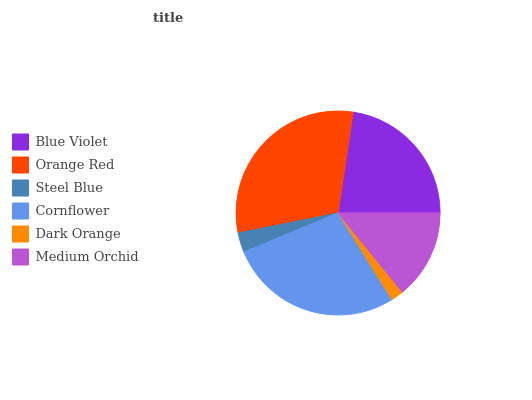
| Blue Violet | Orange Red | Steel Blue | Cornflower | Dark Orange | Medium Orchid |
 | --- | --- | --- | --- | --- | --- |
 | 22.6% | 30.6% | 3.11% | 27.5% | 2.01% | 14.2% |